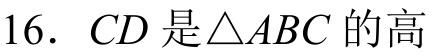
16. \(CD\)是\(\triangle ABC\)的高